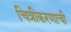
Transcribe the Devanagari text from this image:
चित्रीकरणाची